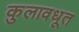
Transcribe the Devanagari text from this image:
कुलावधूत